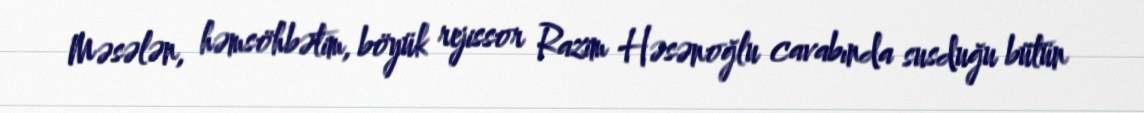
Məsələn, həmsöhbətim, böyük rejissor Razim Həsənoğlu cavabında susduğu bütün